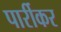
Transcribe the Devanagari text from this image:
पार्रीकर